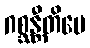
ဂစ္ဆန္တီတိပေ